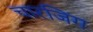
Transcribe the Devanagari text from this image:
चारजिंग